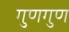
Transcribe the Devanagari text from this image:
गुणगुण